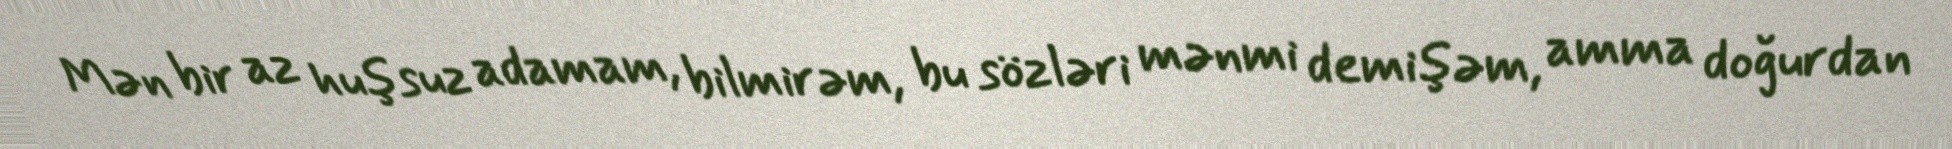
Mən bir az huşsuz adamam, bilmirəm, bu sözləri mənmi demişəm, amma doğurdan